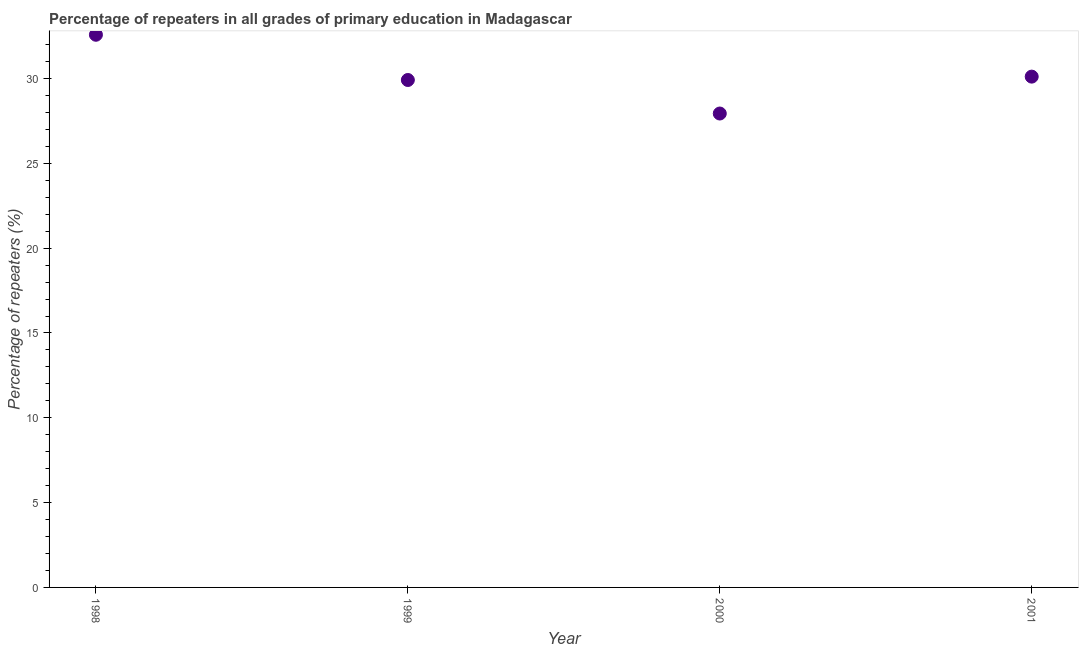
| Year | Repeaters in primary education |
 | --- | --- |
 | 1998 | 32.6 |
 | 1999 | 29.9 |
 | 2000 | 27.9 |
 | 2001 | 30.1 |